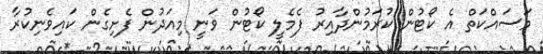
މަސައްކަތް އެ ކޯޓުން ކުރަމުންދާއިރު ފެމެލީ ކޯޓުން ވަނީ މިއަދުން ފެށިގެން ކައިވެނިކުރާ